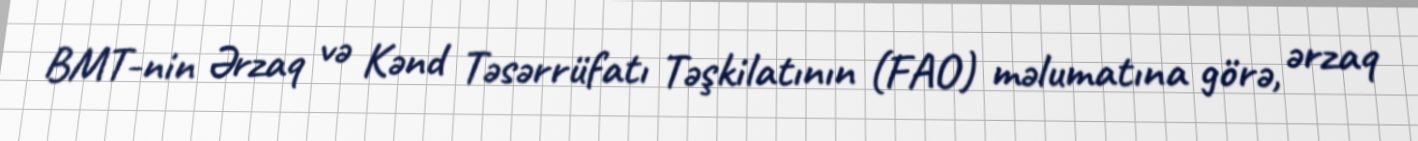
BMT-nin Ərzaq və Kənd Təsərrüfatı Təşkilatının (FAO) məlumatına görə, ərzaq